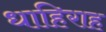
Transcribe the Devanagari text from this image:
धाहिराह